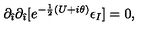
\partial _ { \hat { \imath } } \partial _ { \hat { \imath } } [ e ^ { - \frac { 1 } { 2 } ( U + i \theta ) } \epsilon _ { I } ] = 0 ,